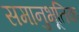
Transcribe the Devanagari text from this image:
समानुभूतिक